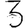
Digit: 3